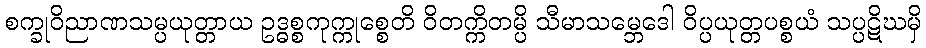
စက္ခုဝိညာဏသမ္ပယုတ္တာယ ဥဒ္ဓစ္စကုက္ကုစ္စေတိ ဝိတက္ကိတမ္ပိ သီမာသမ္ဘေဒေါ ဝိပ္ပယုတ္တပစ္စယံ သပ္ပဋိဃမှိ